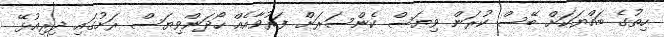
ހިތުގެ ބައްޔަކަށް ބޭސް ކުރަން ވިޔަސް ކެންސަރަށް ފަރުވާއެއް ހޯދަންވިޔަސް ރަށުގައި ދިރިއުޅޭ